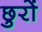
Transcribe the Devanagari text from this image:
छुरों